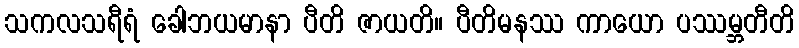
သကလသရီရံ ခေါဘယမာနာ ပီတိ ဇာယတိ။ ပီတိမနဿ ကာယော ပဿမ္ဘတီတိ